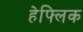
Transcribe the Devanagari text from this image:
हेफ्लिक